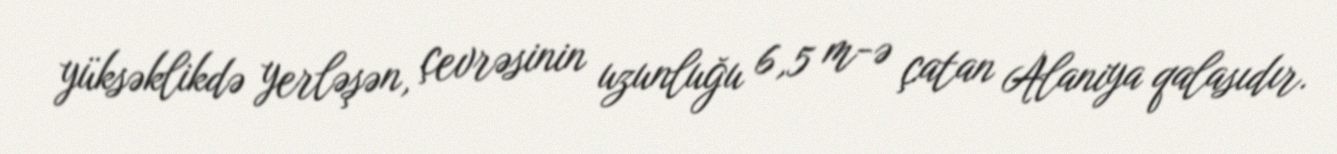
yüksəklikdə yerləşən, çevrəsinin uzunluğu 6,5 m-ə çatan Alaniya qalasıdır.